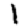
Digit: 1